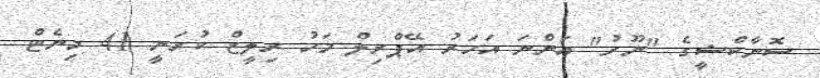
ސޮނާކްޝީގެ "ނޫރު" އަންނަ އަހަރު އޭޕްރިލް މަހު ރިލީޒް ކުރަނީ 41 މިނެޓް